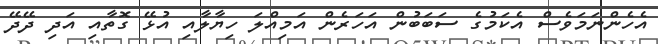
އެހެންނަމަވެސް އެކަމުގެ ސަބަބުން އަހަރެން އަމިއްލަ ހިޔާލާއި އުޅޭ ގޮތާއި އަދި ދޭދޭ